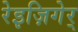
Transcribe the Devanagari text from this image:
रेइज़िगेर्